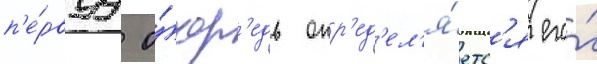
п'е́рвуу о́чер'едь опр'ед'ел'я́етс'я его́